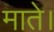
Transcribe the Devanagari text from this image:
माते।